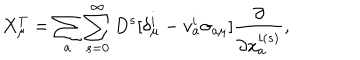
LaTeX: X _ { \mu } ^ { T } = \sum _ { a } \sum _ { s = 0 } ^ { \infty } D ^ { s } [ \delta _ { \mu } ^ { i } - v _ { a } ^ { i } \sigma _ { a \mu } ] \frac { \partial } { \partial x _ { a } ^ { i ( s ) } } ,